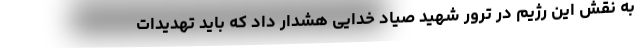
به نقش این رژیم در ترور شهید صیاد خدایی هشدار داد که باید تهدیدات